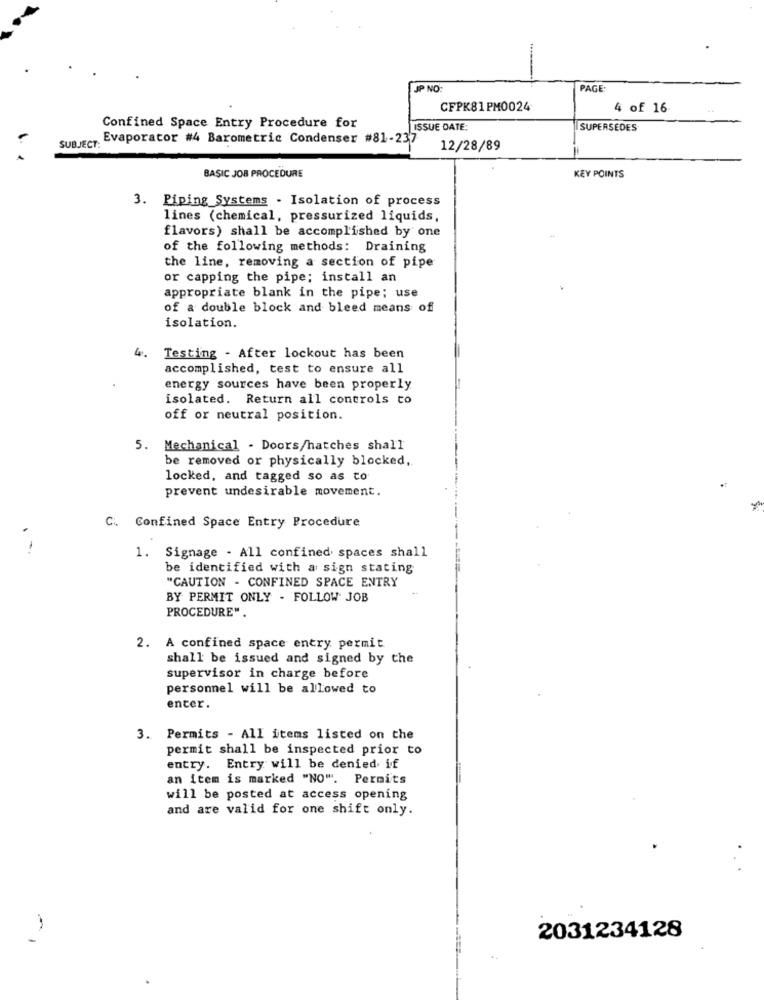
-
JP NO:
PAGE
CFPK81 PM0024
4 of 16
Confined Space Entry Procedure for
ISSUE DATE:
SUPERSEDES
Evaporator #4 Barometric Condenser #81-237
SUBJECT:
12/28/89
.. .
BASIC JOB PROCEDURE
KEY POINTS
3. Piping Systems - Isolation of process
lines (chemical, pressurized liquids,
flavors) shall be accomplished by one
of the following methods: Draining
the line, removing a section of pipe
or capping the pipe; install an
appropriate blank in the pipe; use
of a double block and bleed means of
isolation.
4.
Testing - After lockout has been
accomplished, test to ensure all
energy sources have been properly
isolated. Return all controls to
off or neutral position.
5. Mechanical - Doors/hatches shall
be removed or physically blocked,
locked, and tagged so as to
prevent undesirable movement.
C. Confined Space Entry Procedure
. .
1. Signage - All confined spaces shall
be identified with a sign stating
"CAUTION - CONFINED SPACE ENTRY
BY PERMIT ONLY - FOLLOW JOB
PROCEDURE".
2. A confined space entry permit
shall be issued and signed by the
supervisor in charge before
personnel will be allowed to
enter.
3. Permits - All items listed on the
permit shall be inspected prior to
entry. Entry will be denied. if
an item is marked "NO". Permits
will be posted at access opening
and are valid for one shift only.
2031234128